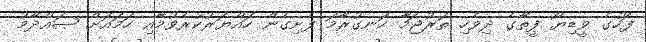
ފަހުގެ ވީޑިޔޯ ފީތާގެ ދިވެހި ތަރުޖަމާ ހަނގުރާމަ ފެށިގެން ހައްޔަރުކުރެވުމާއި ހަމައަށް ޞައްދާމު